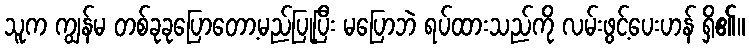
သူက ကျွန်မ တစ်ခုခုပြောတော့မည်ပြုပြီး မပြောဘဲ ရပ်ထားသည်ကို လမ်းဖွင့်ပေးဟန် ရှိ၏။